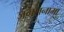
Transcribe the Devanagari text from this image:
जंगलनामा